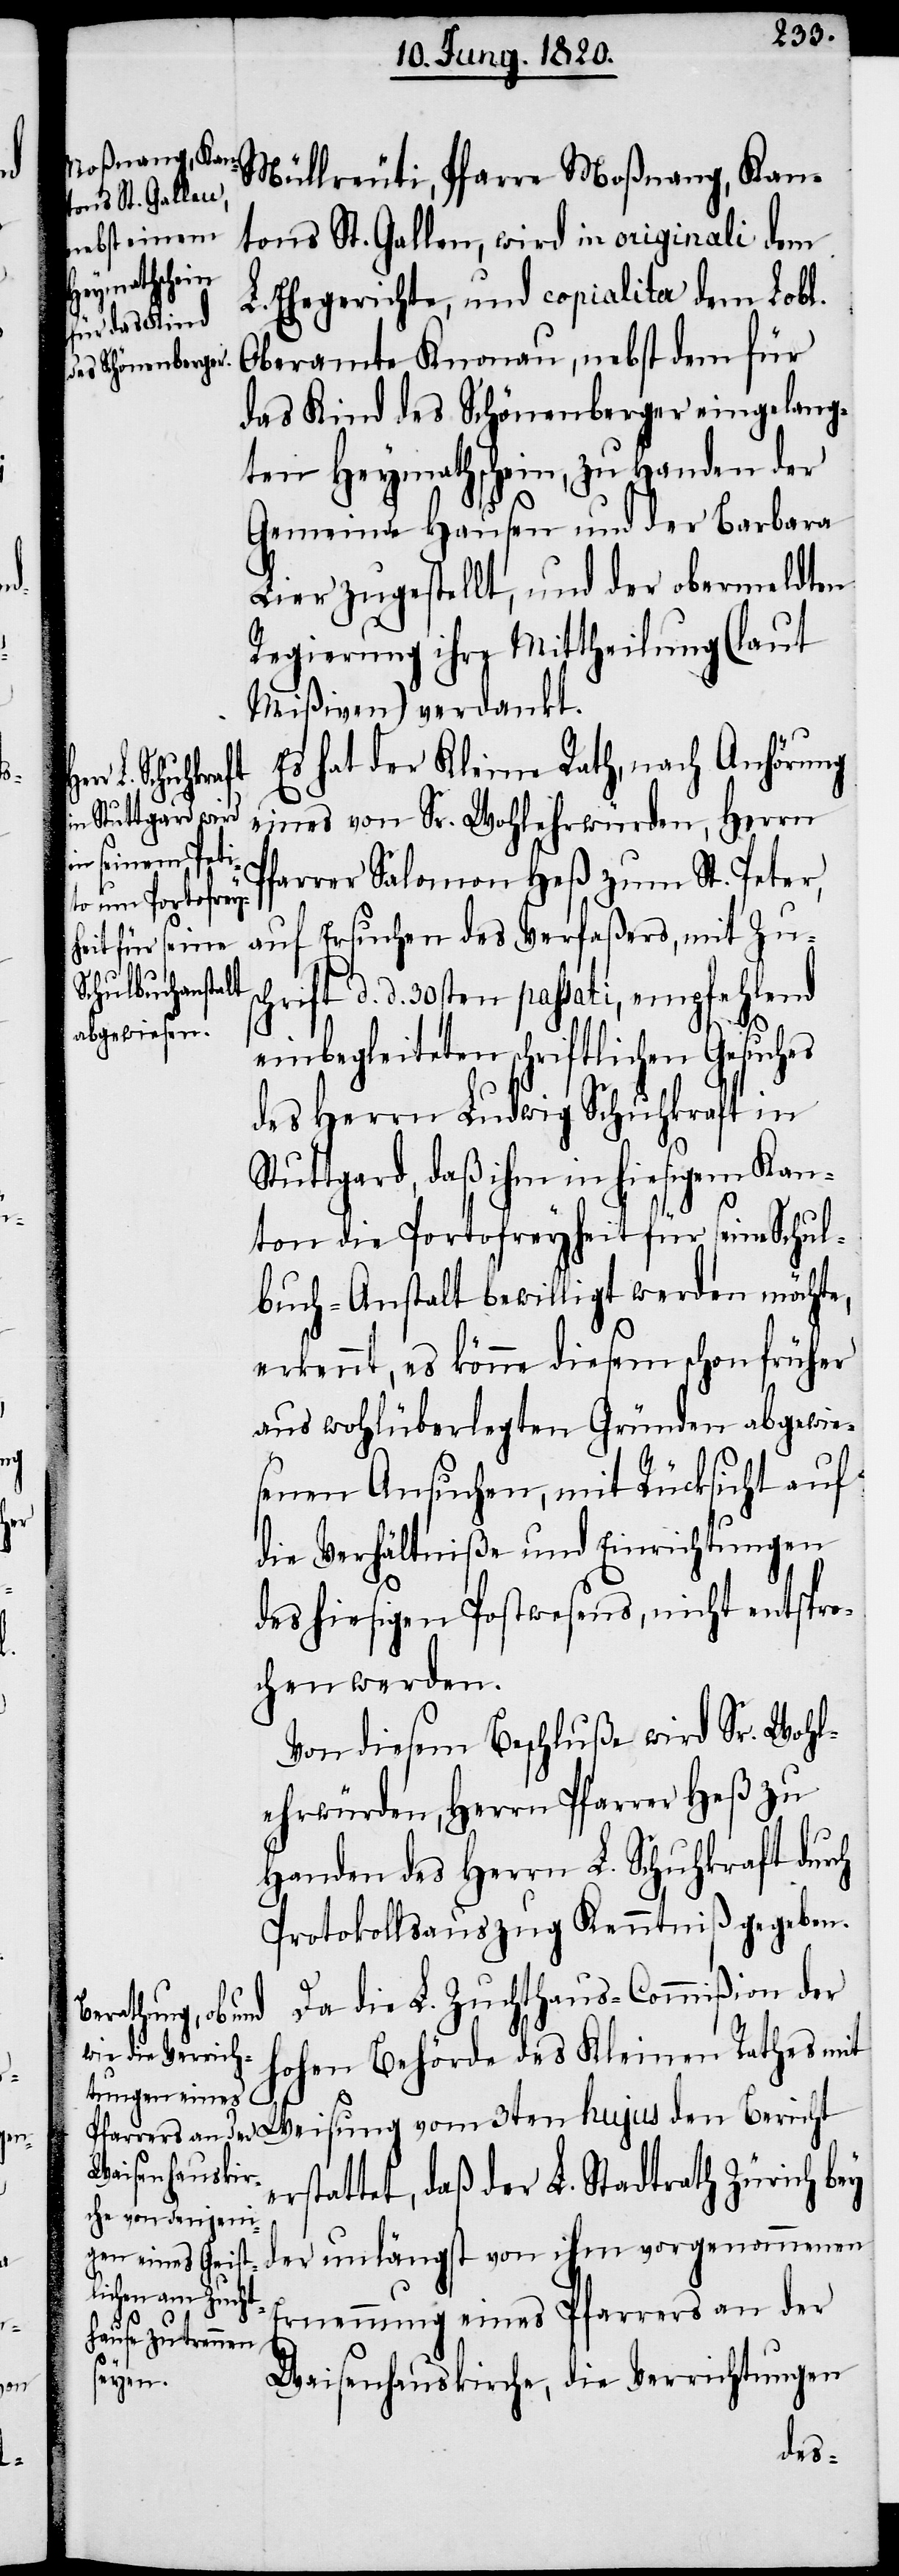
von
sc¬

Müllreuti, Pfarre Moßnang, Kan¬
tons St. Gallen, wird in originali dem
L. Ehegerichte, und copialita dem Lobl.
Oberamte Knonau, nebst dem für
das Kind des Schönenberger eingelang¬
ten Heymathschein, zu Handen der
Gemeinde Hausen und der Barbara
Lier zugestellt, und der obermeldten
Regierung ihre Mittheilung (laut
Mißiven) verdankt.
Es hat der Kleine Rath, nach Anhörung
der unlängst
eines von Sr. Wohlehrwürden, Herrn
farrer Salomon Heß zum St. Peter,
auf Ersuchen des Verfaßers, mit Zu¬
hrift d. d. 30sten passati, empfehlend
einbegleiteten schriftlichen Gesuches
des Herrn Ludwig Schuhkraft in
Stuttgard, daß ihm in hiesigem Kan¬
ton die Portofreyheit für seine Schul¬
buch-Anstalt bewilligt werden möchte,
erkennt, es könne diesem schon früher
aus wohlüberlegten Gründen abgewie¬
senen Ansuchen, mit Rücksicht auf
die Verhältniße und Einrichtungen
des hiesigen Postwesens, nicht entspro¬
chen werden.
Von diesem Beschluße wird Sr. Wohl¬
ehrwürden, Herrn Pfarrer Heß zu
Protokollsauszug Kenntniß gegeben.
Da die L. Zuchthaus-Commißion der
hohen Behörde des Kleinen Rathes mit
erstattet, daß der L. Stadtrath Zürich bey
Ernennung eines Pfarrers an der
Waisenhauskirche, die Verrichtungen
des